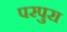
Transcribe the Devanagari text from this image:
परपुरा